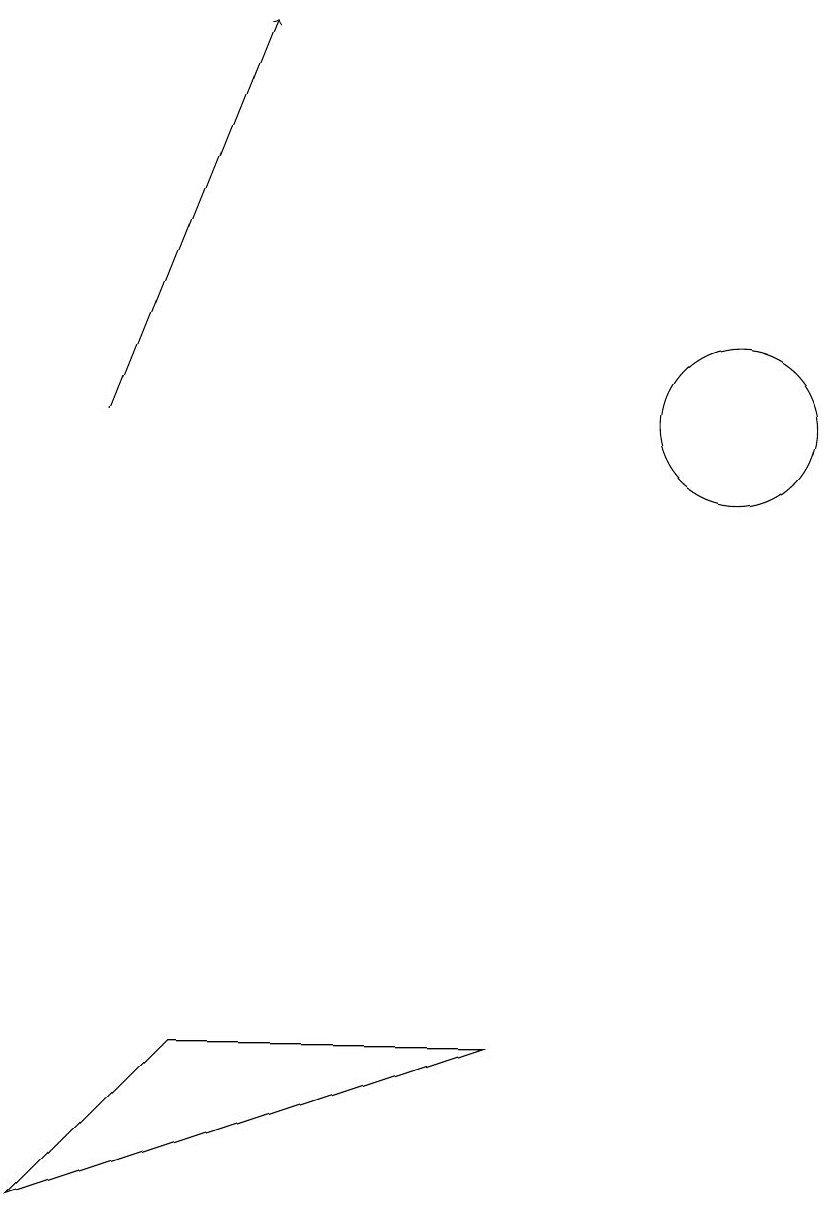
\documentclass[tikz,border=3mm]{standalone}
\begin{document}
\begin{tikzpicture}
\draw (12,11) circle (1);
\draw[->] (4,11) -- (6,16);
\draw (11,12) circle (0);
\draw (9,3) -- (3,1) -- (5,3) -- cycle;
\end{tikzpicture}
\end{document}